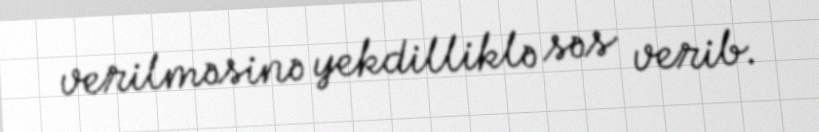
verilməsinə yekdilliklə səs verib.